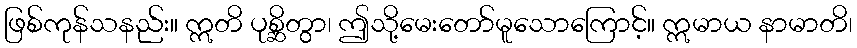
ဖြစ်ကုန်သနည်း။ ဣတိ ပုစ္ဆိတွာ၊ ဤသို့မေးတော်မူသောကြောင့်။ ဣမာယ နာမာတိ၊